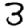
Digit: 3